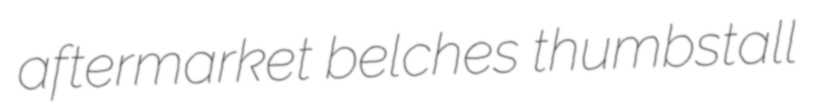
aftermarket belches thumbstall